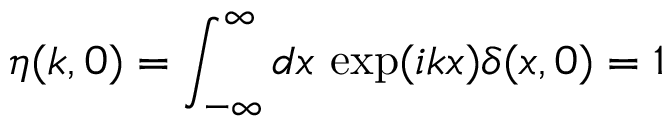
\eta ( k , 0 ) = \int _ { - \infty } ^ { \infty } d x \, \exp ( i k x ) \delta ( x , 0 ) = 1